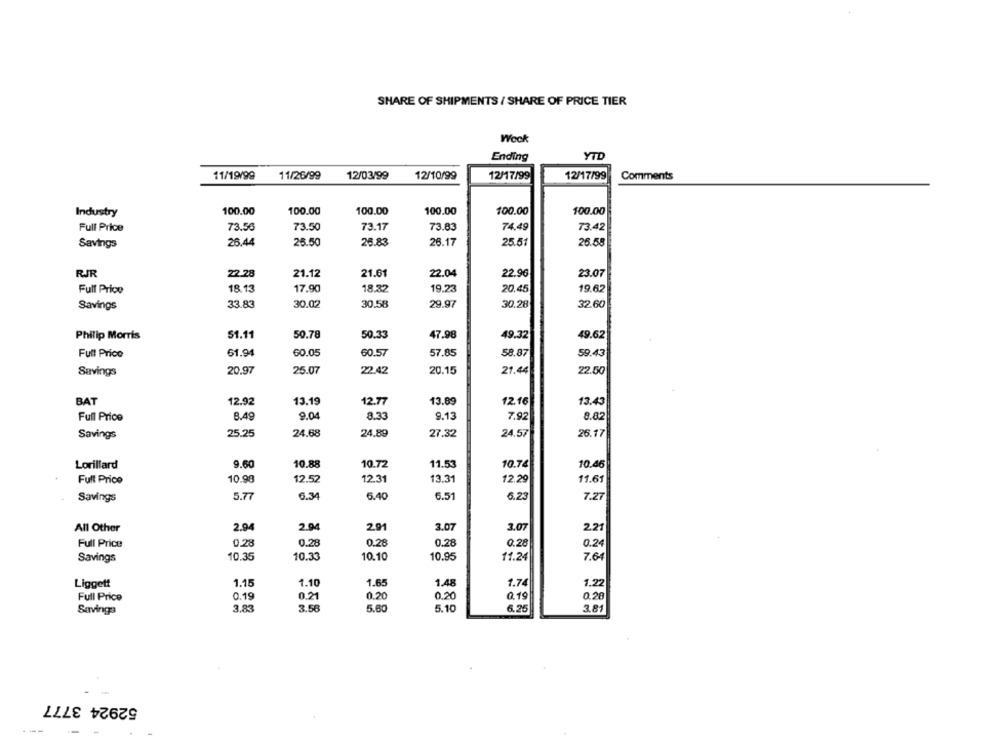
SHARE OF SHIPMENTS / SHARE OF PRICE TIER
Wock
YTD
Ending
11/19/99
11/26/99
12/03/99
12/10/99
12/17/99
12/17/99
Comments
Industry
100.00
100.00
100.00
100.00
100.00
100.00
Full Price
73.56
73.50
73.17
73.83
74.49
73.42
Savings
26.44
25.50
25.83
26.17
25.51
26.58
RJR
22.28
21.12
21.01
22.04
22.96
23.07
Full Price
18 13
17.90
18.32
19.23
20.45
19.62
33.83
30.02
30.58
29.97
30.28
32.60
Savings
S1.11
50.78
47.98
Philip Morris
50.33
49.32
49.62
Full Price
61.94
60.05
60.57
57.85
58.87
59.43
Savings
20.97
25.07
22.42
20.15
21.44
22.50
BAT
12.92
13.19
12.77
13.89
12.16
13.43
Full Price
8.49
9.04
8.33
9.13
7.92
8.82
Savings
25.25
24.68
24.89
27.32
24.57
26.17
Lorillard
9.60
10.88
10.72
11.53
10.74
10.46
Full Price
10.98
12.52
12.31
13.31
12.29
11.61
Savings
5.77
6.34
6.40
6.51
6.23
7.27
All Other
2.94
2.94
2.91
3.07
3.07
2.21
0.28
0.28
0.28
0.28
Full Price
0.28
0.24
10.35
10.33
10.10
10.95
11.24
7.64
Savings
Liggett
1.15
1.10
1.65
1.48
1.74
1.22
0.20
0.20
Full Price
0.19
0.21
0.19
0.28
3.83
3.56
5.60
5.10
6.25
3.81
Savings
52924 3777